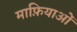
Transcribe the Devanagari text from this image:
माफ़ियाओं